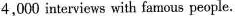
4,000 interviews with famous people.